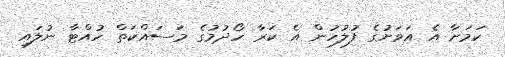
ކަމަށާ އެ އަވަށުގެ ފުލުހުން އެ ކަރާ ހޯދުމުގެ މަސައްކަތް ހުއްޓާ ނުލައި